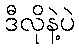
ဒီလိုနဲ့ပဲ